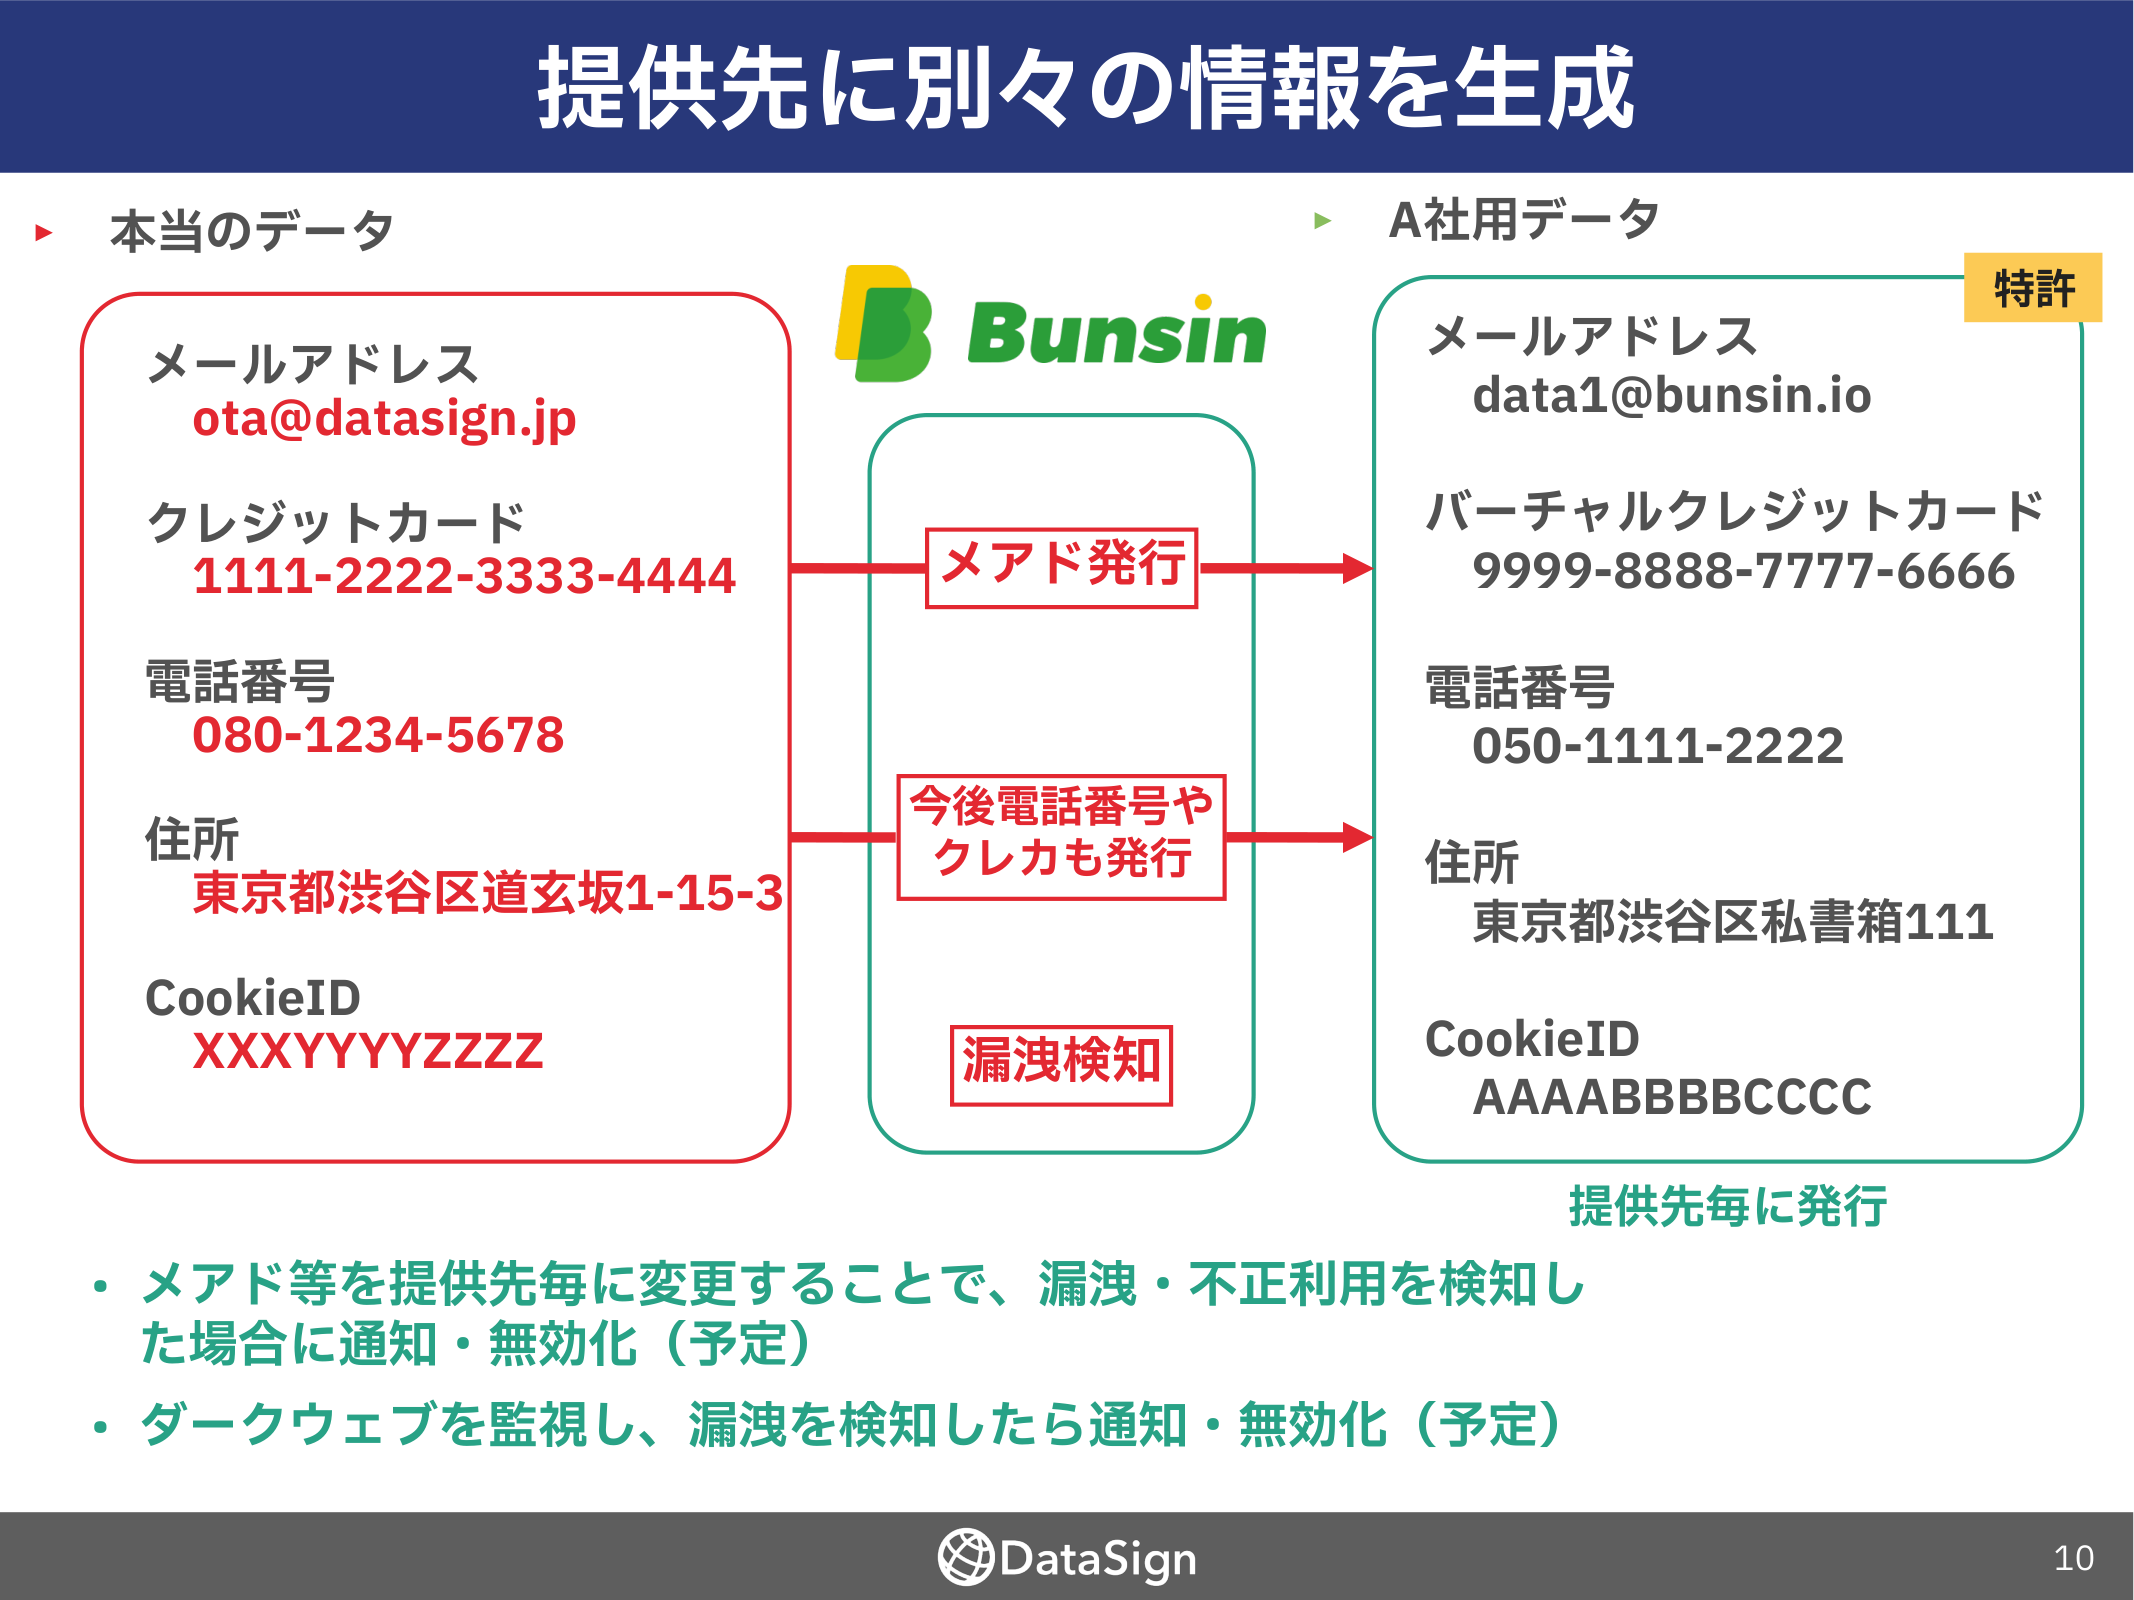
提供先に別々の情報を生成

▶ 本当のデータ
メールアドレス
ota@datasign.jp
クレジットカード
1111-2222-3333-4444
電話番号
080-1234-5678
住所
東京都渋谷区道玄坂1-15-3
CookieID
XXXYYYYZZZZ

Bunsin

▶ A社用データ
特許
メールアドレス
data1@bunsin.io
バーチャルクレジットカード
9999-8888-7777-6666
電話番号
050-1111-2222
住所
東京都渋谷区私書箱111
CookieID
AAAABBBBCCCC

メアド発行
今後電話番号や
クレカも発行
漏洩検知

提供先毎に発行

・メアド等を提供先毎に変更することで、漏洩・不正利用を検知した場合に通知・無効化（予定）
・ダークウェブを監視し、漏洩を検知したら通知・無効化（予定）

DataSign
10